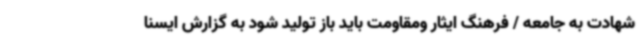
شهادت به جامعه / فرهنگ ایثار ومقاومت باید باز تولید شود به گزارش ایسنا